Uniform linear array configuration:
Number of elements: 12
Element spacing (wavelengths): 0.75
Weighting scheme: hann
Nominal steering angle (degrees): -30
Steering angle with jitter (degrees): -28.358
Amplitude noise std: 0.05
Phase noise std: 0.05

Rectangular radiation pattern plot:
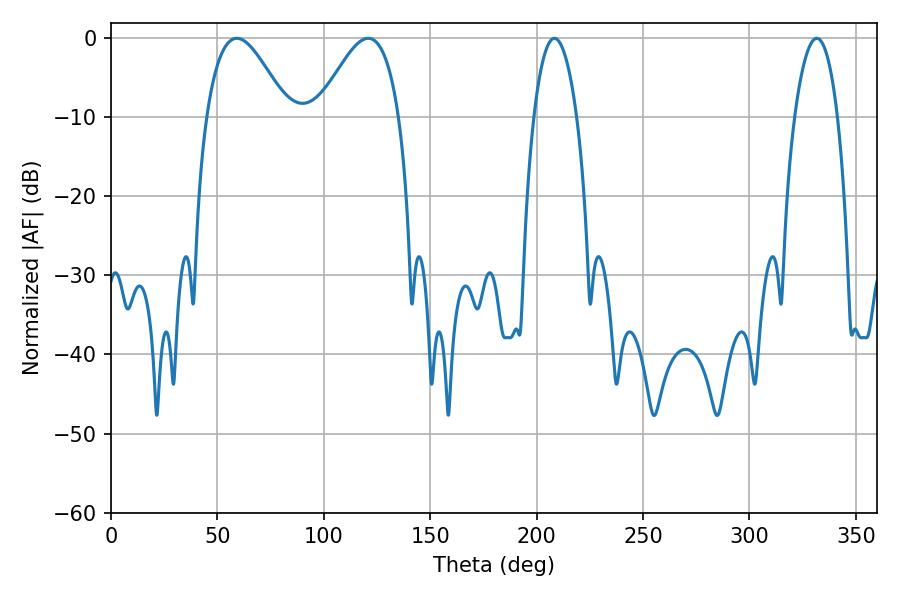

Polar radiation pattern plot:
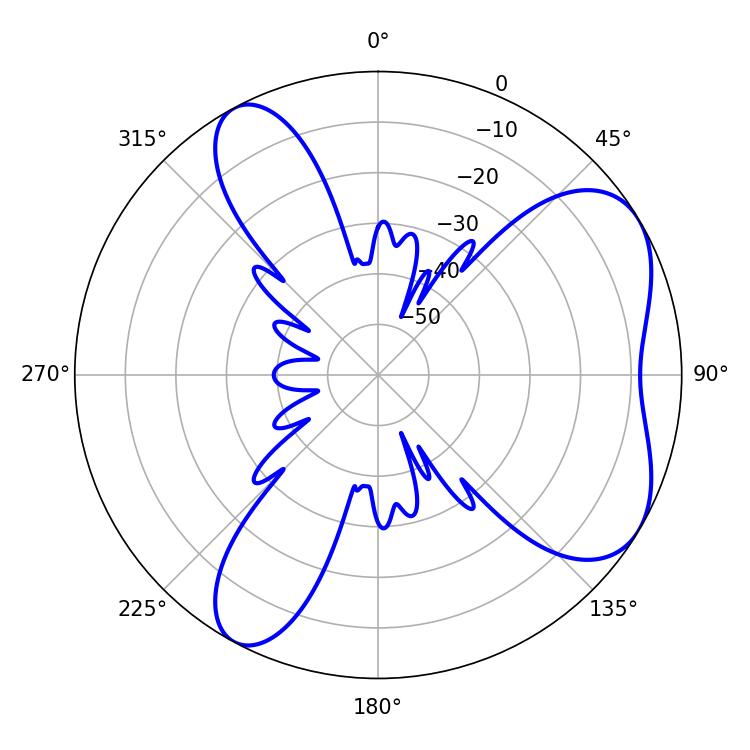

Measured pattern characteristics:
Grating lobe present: TRUE
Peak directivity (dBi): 5.931
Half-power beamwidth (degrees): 20.52
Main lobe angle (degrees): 59.04